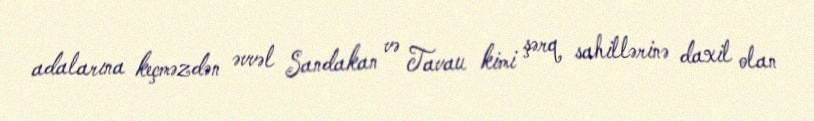
adalarına keçməzdən əvvəl Sandakan və Tavau kimi şərq sahillərinə daxil olan